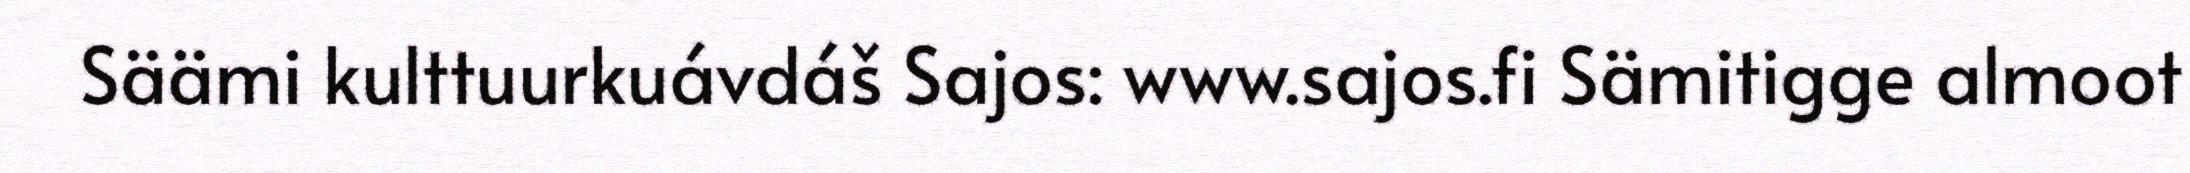
Säämi kulttuurkuávdáš Sajos: www.sajos.fi Sämitigge almoot